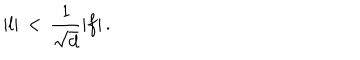
\vert l \vert \, < \, { \frac { 1 } { \sqrt { d } } } \vert f \vert \, .